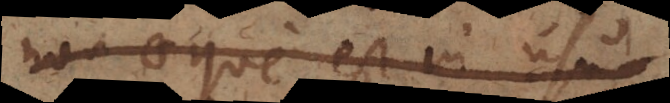
non aeque est in u